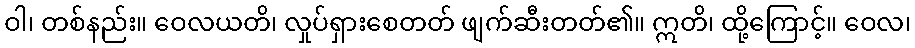
ဝါ၊ တစ်နည်း။ ဝေလယတိ၊ လှုပ်ရှားစေတတ် ဖျက်ဆီးတတ်၏။ ဣတိ၊ ထို့ကြောင့်။ ဝေလ၊